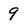
Character: 9